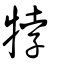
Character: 㹀